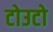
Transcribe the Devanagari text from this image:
टोउटो